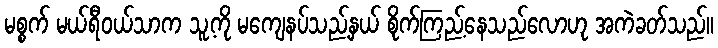
မစ္စက် မယ်ရီဝယ်သာက သူ့ကို မကျေနပ်သည့်နှယ် စိုက်ကြည့်နေသည်လောဟု အကဲခတ်သည်။